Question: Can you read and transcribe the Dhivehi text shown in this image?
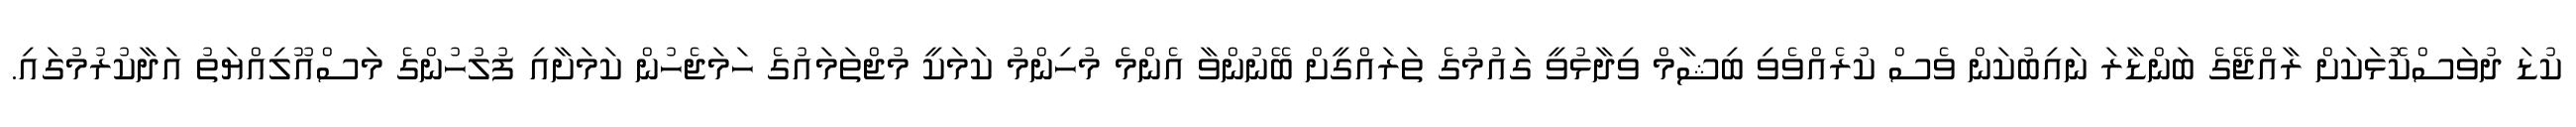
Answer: ކުޑަ ދުވަސްކޮޅަކަށް ރާއްޖޭގެ ބަންޑާރަ ނައިބުކަން ވެސް ކުރެއްވެވި ބިޝާމް ވިދާޅުވީ ގައުމުގެ ތަރައްގީށް ބޭނުންވާ އެންމެ މުހިންމު ކަމަކީ މުޖްތަމައުގެ ހަމަޖެހުން ކަމަށާއި ފުލުހުންގެ މަސްއޫލިއްޔަތު އަދާކުރުމުގައި.